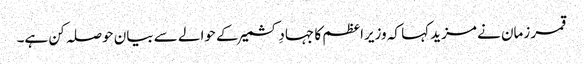
قمر زمان نے مزید کہا کہ وزیراعظم کا جہادِ کشمیر کے حوالے سے بیان حوصلہ کن ہے۔